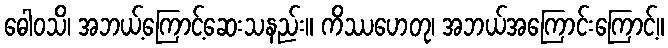
ဓေါဝသိ၊ အဘယ့်ကြောင့်ဆေးသနည်း။ ကိဿဟေတု၊ အဘယ်အကြောင်းကြောင့်။